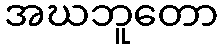
အဃဘူတော